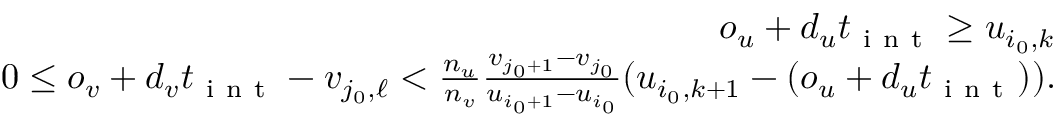
\begin{array} { r } { o _ { u } + d _ { u } t _ { \mathrm { ~ i ~ n ~ t ~ } } \ge u _ { i _ { 0 } , k } } \\ { 0 \leq o _ { v } + d _ { v } t _ { \mathrm { ~ i ~ n ~ t ~ } } - v _ { j _ { 0 } , \ell } < \frac { n _ { u } } { n _ { v } } \frac { v _ { j _ { 0 } + 1 } - v _ { j _ { 0 } } } { u _ { i _ { 0 } + 1 } - u _ { i _ { 0 } } } ( u _ { i _ { 0 } , k + 1 } - ( o _ { u } + d _ { u } t _ { \mathrm { ~ i ~ n ~ t ~ } } ) ) . } \end{array}